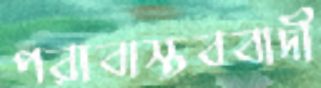
পরাবাস্তববাদী